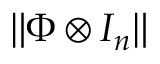
\| \Phi \otimes I _ { n } \|